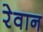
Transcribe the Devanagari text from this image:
रेवान